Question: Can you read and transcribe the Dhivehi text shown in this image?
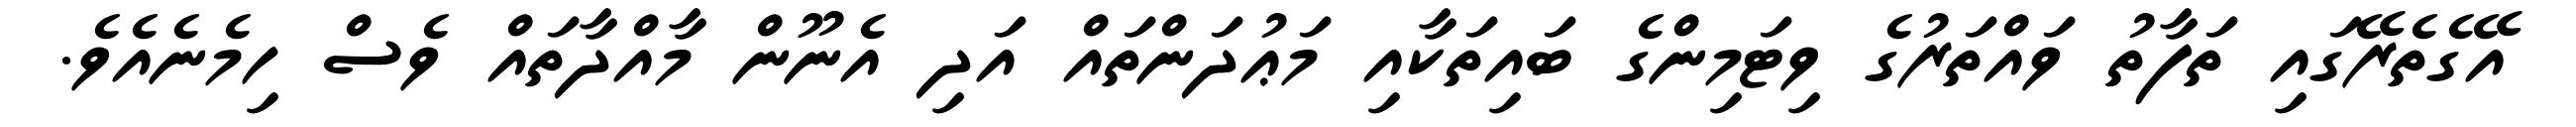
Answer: އޭގެތެރޭގައި ތަފާތު ވައްތަރުގެ ވިޓަމިންގެ ބައިތަކާއި މަޢުދަންތައް އަދި އެނޫން މާއްދާތައް ވެސް ހިމެނެއެވެ.